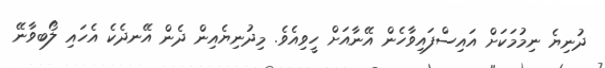
ދުނިޔެ ނިމުމަކަށް އައިސްފައިވާހެން އޭނާއަށް ހީވިއެވެ. މިދުނިޔެއިން ދެން އޭނދެކެ އެހައި ލޯބވާނޭ